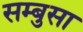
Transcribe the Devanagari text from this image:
सम्बुसा